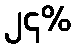
၂၄%